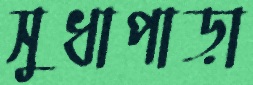
সুধাপাড়া